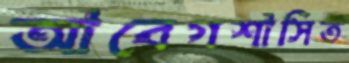
আবেগশাসিত